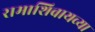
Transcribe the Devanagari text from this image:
रामाशिवायच्या